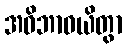
အဝိဘာဝယိတွာ